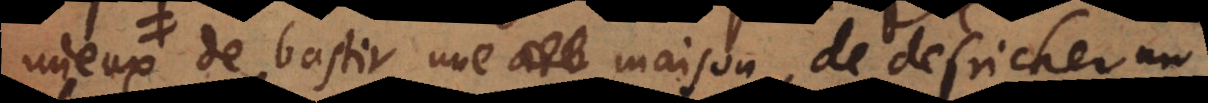
mieux de bastir une maison, de defricher un